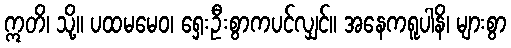
ဣတိ၊ သို့။ ပထမမေဝ၊ ရှေးဦးစွာကပင်လျှင်။ အနေကရူပါနိ၊ များစွာ